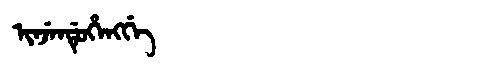
Manchu: ᡳᠨᠵᡝᠨᡩᡠᡥᡝᠩᡤᡝ
Romanization: INJENDUHENGGE